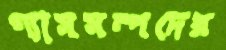
গ্যাসসম্পদের